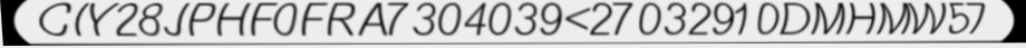
CIY28JPHF0FRA7304039<27032910DMHMW57